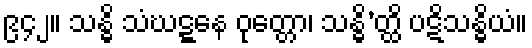
၉၄၂။ သန္ဓိ သံဃဋ္ဋနေ ဝုတ္တော၊ သန္ဓိ’တ္ထိ ပဋိသန္ဓိယံ။